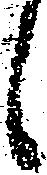
候